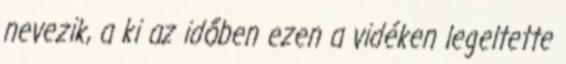
nevezik, a ki az időben ezen a vidéken legeltette